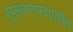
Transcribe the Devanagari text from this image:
सुलतानपदावरील